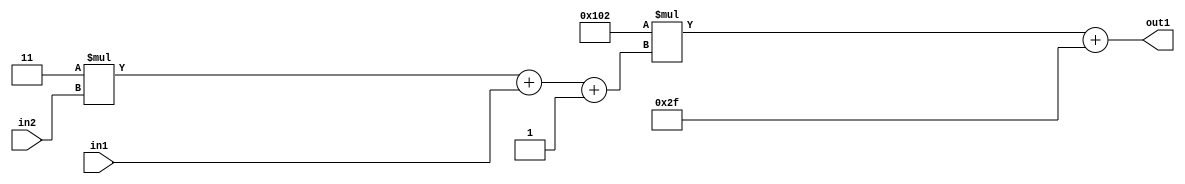
`timescale 1ps / 1ps
/*****************************************************************************
    Verilog RTL Description
    
    
    Created by: Stratus DpOpt 2019.1.01 
*******************************************************************************/

module DC_Filter_Add2i47Mul2i258Add3i1u1Mul2i3u2_4 (
	in2,
	in1,
	out1
	); /* architecture "behavioural" */ 
input [1:0] in2;
input  in1;
output [11:0] out1;
wire [11:0] asc001;
wire [3:0] asc002;

wire [3:0] asc002_tmp_0;
wire [3:0] asc002_tmp_1;
assign asc002_tmp_1 = 
	+(4'B0011 * in2);
assign asc002_tmp_0 = asc002_tmp_1
	+(in1);
assign asc002 = asc002_tmp_0
	+(4'B0001);

wire [11:0] asc001_tmp_2;
assign asc001_tmp_2 = 
	+(12'B000100000010 * asc002);
assign asc001 = asc001_tmp_2
	+(12'B000000101111);

assign out1 = asc001;
endmodule

/* CADENCE  vrP3Sgg= : u9/ySgnWtBlWxVPRXgAZ4Og= ** DO NOT EDIT THIS LINE ******/